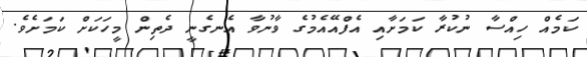
ކަމެއް ހިއްސާ ނުކުރާ ކަމަށާއި އެފްއޭއެމުގެ ވާނުވާ އެނގެނީ ދެތިން މީހަކަށް ކަމަށެވެ.